画像に写った文字を読んでください
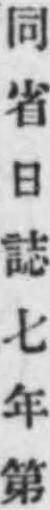
「同省日誌七年第」と書いてあります